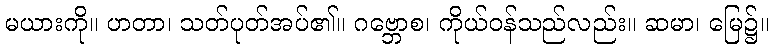
မယားကို။ ဟတာ၊ သတ်ပုတ်အပ်၏။ ဂဗ္ဘောစ၊ ကိုယ်ဝန်သည်လည်း။ ဆမာ၊ မြေ၌။